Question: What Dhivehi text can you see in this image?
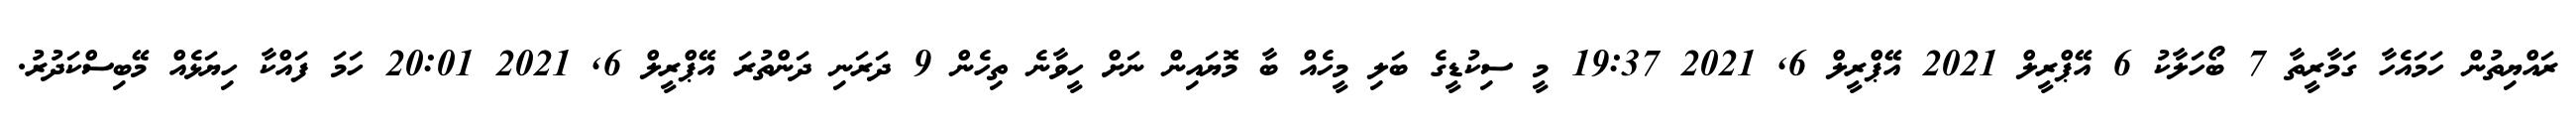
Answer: ރައްޔިތުން ހަމައެހާ ގަމާރީތާ 7 ބޯހަލާކު 6 އޭޕްރީލް 2021 އޭޕްރީލް 6, 2021 19:37 މީ ސިކުޑީގެ ބަލި މީހެއް ބާ މޮޔައިން ނަށް ހީވާނެ ތިހެން 9 ދަރަނި ދަންތުރަ އޭޕްރީލް 6, 2021 20:01 ހަމަ ފައްކާ ހިޔަޅެއް މޭބިސްކަދުރު.